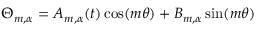
\Theta _ { m , \alpha } = A _ { m , \alpha } ( t ) \cos ( m \theta ) + B _ { m , \alpha } \sin ( m \theta )